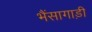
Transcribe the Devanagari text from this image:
भैंसागाड़ी